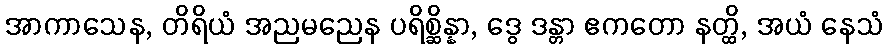
အာကာသေန, တိရိယံ အညမညေန ပရိစ္ဆိန္နာ, ဒွေ ဒန္တာ ဧကတော နတ္ထိ, အယံ နေသံ